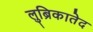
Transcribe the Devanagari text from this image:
लुब्रिकातेद